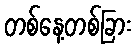
တစ်နေ့တစ်ခြား